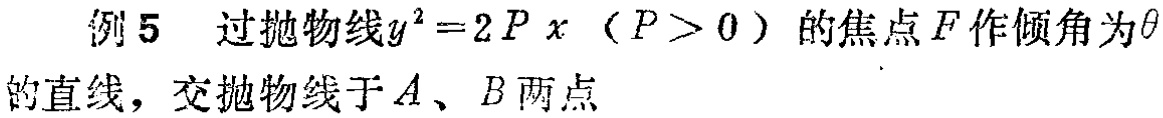
例5 过抛物线\(y^{2}=2Px\)（\(P > 0\)）的焦点\(F\)作倾角为\(\theta\)的直线，交抛物线于\(A\)、\(B\)两点